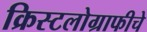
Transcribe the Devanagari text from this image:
क्रिस्टलोग्राफीचे